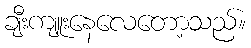
ချီးကျူးနေလေတော့သည်။